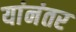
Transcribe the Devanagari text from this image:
यांनंतर